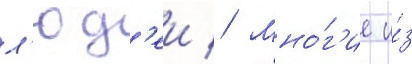
л'юд'еи // Мно́г'ие и́з